Scottish Leaving Certificate Examination, 1951
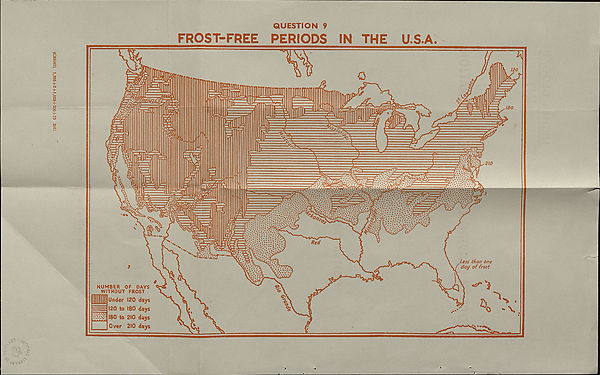
(C33097) 1,335 + 2+1,025 + 200 + 73 2/51
.r v 0 *
QUESTION 9
FROST-FREE
PERIODS
IN
THE
U.S.A